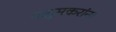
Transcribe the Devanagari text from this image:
पलुसकरांना